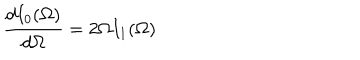
\frac { d I _ { 0 } ( \Omega ) } { d \Omega } = 2 \Omega I _ { 1 } ( \Omega )